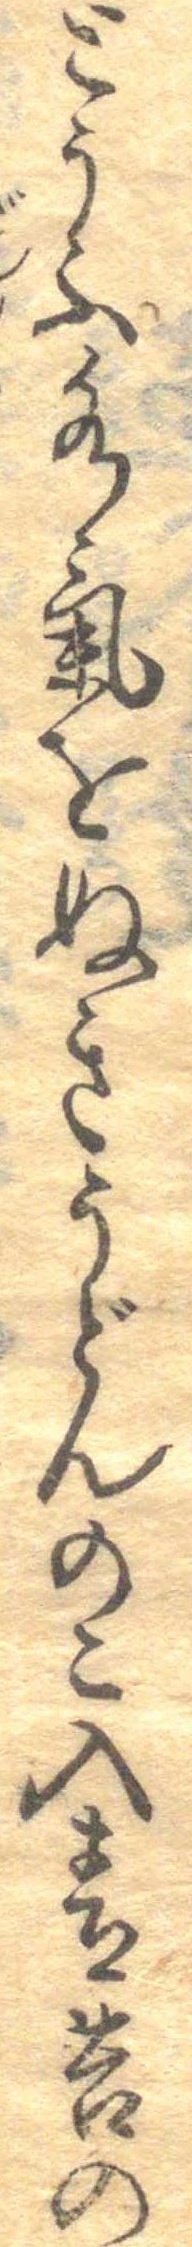
とうふ水気をぬきうどんのこ入青苔の